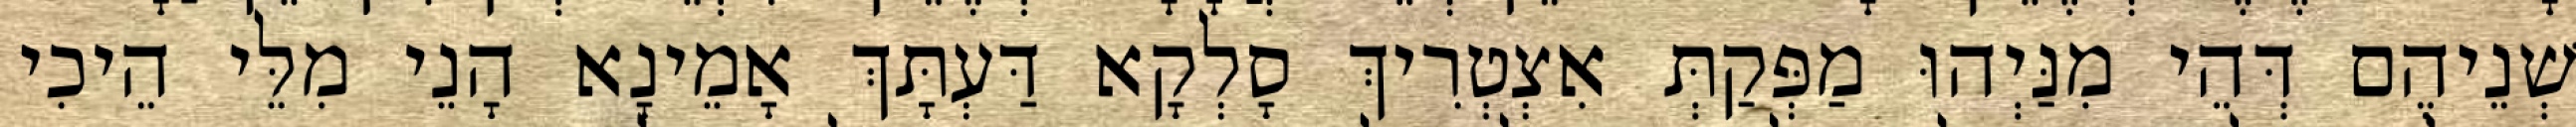
שְׁנֵיהֶם דְּהֵי מִנַּיְהוּ מַפְּקַתְּ אִצְטְרִיךְ סָלְקָא דַּעְתָּךְ אָמֵינָא הָנֵי מִלֵּי הֵיכִי